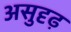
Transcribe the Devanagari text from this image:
असुदृढ़